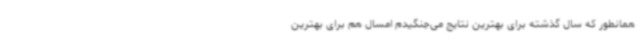
همانطور که سال گذشته برای بهترین نتایج می‌جنگیدم امسال هم برای بهترین